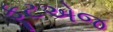
ફૂટએજ